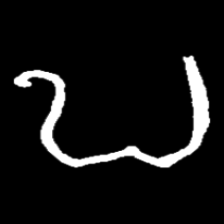
Pyu character \u2014 Myanmar letter: ဎ (romanized: ddha)